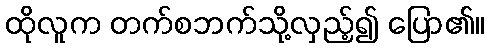
ထိုလူက တက်စဘက်သို့လှည့်၍ ပြော၏။